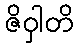
ဇိဝှါတိ